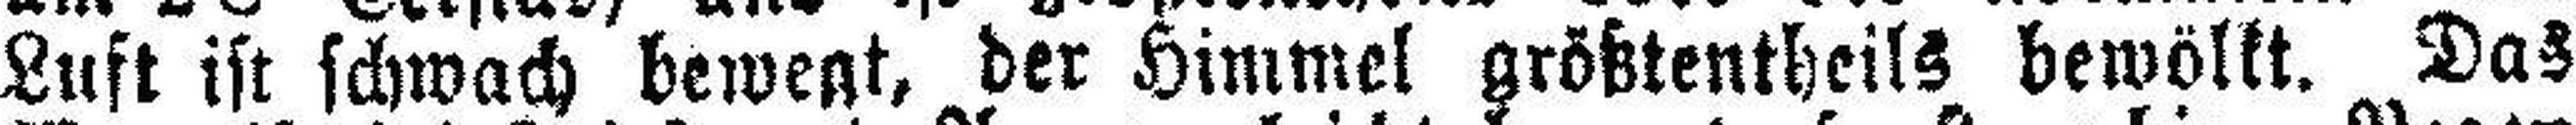
Luft ist schwach bewegt, der Himmel größtentheils bewölkt. Das